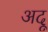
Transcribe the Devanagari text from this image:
अदू